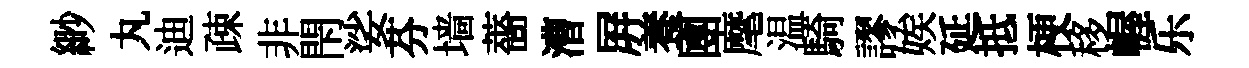
緲丸迪疎非閇娑芬墙薔漕屛養圑麾温騎謬娭延抵梗移幄乐